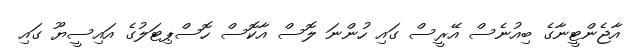
އާޖެންޓީނާގެ ބިއުނެސް އޭރީސް ގައި ހުންނަ ލޮސް އާކޮސް ހޮސްޕިޓަލުގެ އައިސީޔޫ ގައި